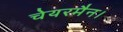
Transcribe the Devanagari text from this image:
चेयरमैन।